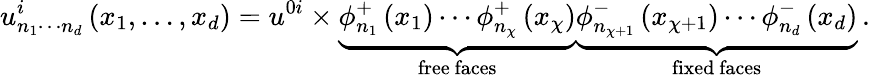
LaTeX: u_{n_{1}\cdots n_{d}}^{i}\left(x_{1},\ldots,x_{d}\right)=u^{0i}\times\underset{\mathrm{free~faces}}{\underbrace{\phi_{n_{1}}^{+}\left(x_{1}\right)\cdots\phi_{n_{\chi}}^{+}\left(x_{\chi}\right)}}\underset{\mathrm{fixed~faces}}{\underbrace{\phi_{n_{\chi+1}}^{-}\left(x_{\chi+1}\right)\cdots\phi_{n_{d}}^{-}\left(x_{d}\right)}}\, .